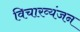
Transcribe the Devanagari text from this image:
विचारव्यंजन